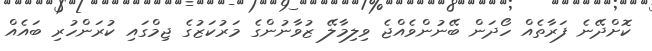
ކޮށްދޭނެ ފަރާތެއް ހޯދަން ބޭނުންވެއްޖެ ވިލިމާލޭ ޒުވާނުންގެ މަރުކަޒުގެ ޖިމްގައި ކުރަންހުރި ބައެއް